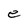
Character: e